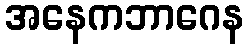
အနေကဘာဂေန